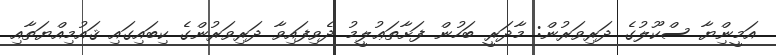
އަމީނިްޔާ ސްކޫލުގެ ދަރިވަރުން: މާދަރީ ބަހުން ފަށާތަޢުލީމު ދެވިފައިވާ ދަރިވަރުންގެ ކިބައިގައި ޤައުމިއްޔަތާއި